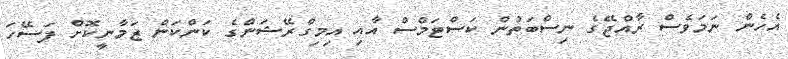
އެހެން ނަމަވެސް ރާއްޖޭގެ ނިސްބަތުން ކަސްޓަމްސް އާއި އިމިގްރޭޝަންގެ ކަންކަން ޒަމާނީކޮށް ފަސޭހަ